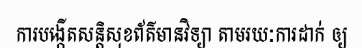
ការបង្កើតសន្តិសុខព័ត៌មានវិទ្យា តាមរយៈការដាក់ ឲ្យ